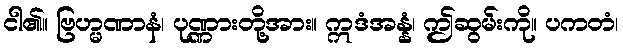
ငါ၏။ ဗြဟ္မဏာနံ၊ ပုဏ္ဏားတို့အား။ ဣဒံအန္နံ၊ ဤဆွမ်းကို။ ပကတံ၊